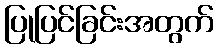
ပြုပြင်ခြင်းအတွက်